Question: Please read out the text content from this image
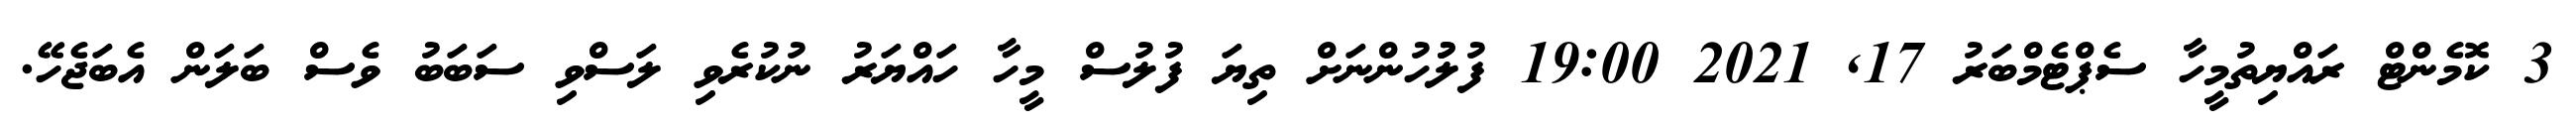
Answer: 3 ކޮމެންޓް ރައްޔިތުމީހާ ސެޕްޓެމްބަރު 17, 2021 19:00 ފުލުުހުންނަށް ތިޔަ ފުލުސް މީހާ ހައްޔަރު ނުކުރެވި ލަސްވި ސަބަބު ވެސް ބަލަން އެބަޖެހޭ.